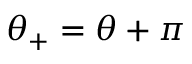
\theta _ { + } = \theta + \pi